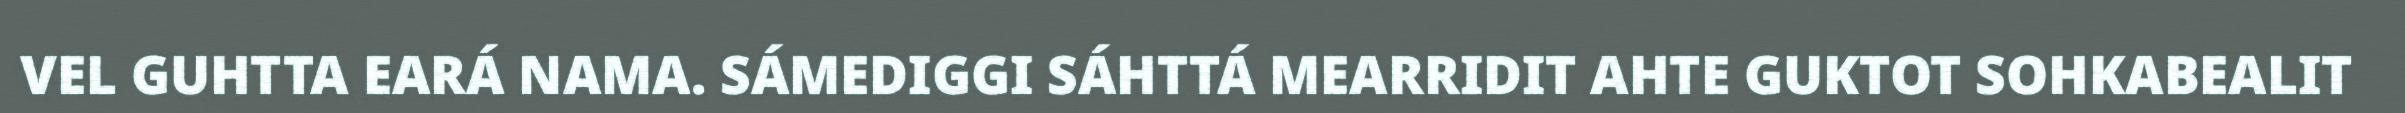
VEL GUHTTA EARÁ NAMA. SÁMEDIGGI SÁHTTÁ MEARRIDIT AHTE GUKTOT SOHKABEALIT